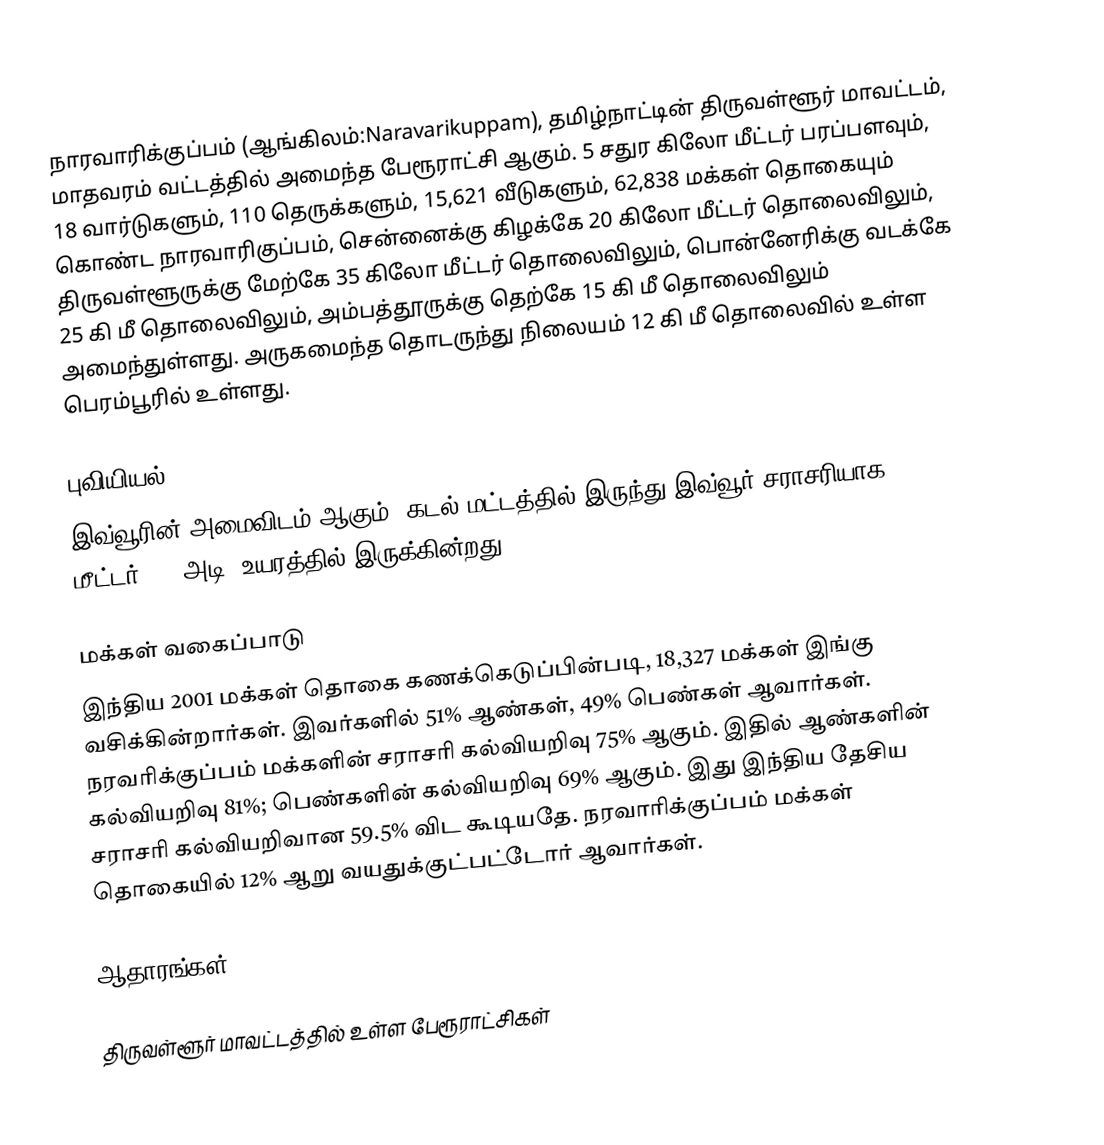
நாரவாரிக்குப்பம் (ஆங்கிலம்:Naravarikuppam), தமிழ்நாட்டின் திருவள்ளூர் மாவட்டம், மாதவரம் வட்டத்தில் அமைந்த பேரூராட்சி ஆகும். 5 சதுர கிலோ மீட்டர் பரப்பளவும், 18 வார்டுகளும், 110 தெருக்களும், 15,621 வீடுகளும், 62,838 மக்கள் தொகையும் கொண்ட நாரவாரிகுப்பம், சென்னைக்கு கிழக்கே 20 கிலோ மீட்டர் தொலைவிலும், திருவள்ளூருக்கு மேற்கே 35 கிலோ மீட்டர் தொலைவிலும், பொன்னேரிக்கு வடக்கே 25 கி மீ தொலைவிலும், அம்பத்தூருக்கு தெற்கே 15 கி மீ தொலைவிலும் அமைந்துள்ளது. அருகமைந்த தொடருந்து நிலையம் 12 கி மீ தொலைவில் உள்ள பெரம்பூரில் உள்ளது.

புவியியல்
இவ்வூரின் அமைவிடம்  ஆகும். கடல் மட்டத்தில் இருந்து இவ்வூர் சராசரியாக 13 மீட்டர் (42 அடி) உயரத்தில் இருக்கின்றது.

மக்கள் வகைப்பாடு
இந்திய 2001 மக்கள் தொகை கணக்கெடுப்பின்படி, 18,327 மக்கள் இங்கு வசிக்கின்றார்கள். இவர்களில் 51% ஆண்கள், 49% பெண்கள் ஆவார்கள். நரவரிக்குப்பம் மக்களின் சராசரி கல்வியறிவு 75% ஆகும்.  இதில் ஆண்களின் கல்வியறிவு 81%;  பெண்களின் கல்வியறிவு 69% ஆகும். இது இந்திய தேசிய சராசரி கல்வியறிவான 59.5% விட கூடியதே. நரவாரிக்குப்பம் மக்கள் தொகையில் 12%  ஆறு வயதுக்குட்பட்டோர் ஆவார்கள்.

ஆதாரங்கள்

திருவள்ளூர் மாவட்டத்தில் உள்ள பேரூராட்சிகள்